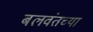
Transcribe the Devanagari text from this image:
बलवंतच्या